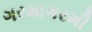
ગરમાગરમી